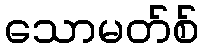
သောမတ်စ်